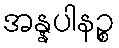
အန္နပါနဉ္စ